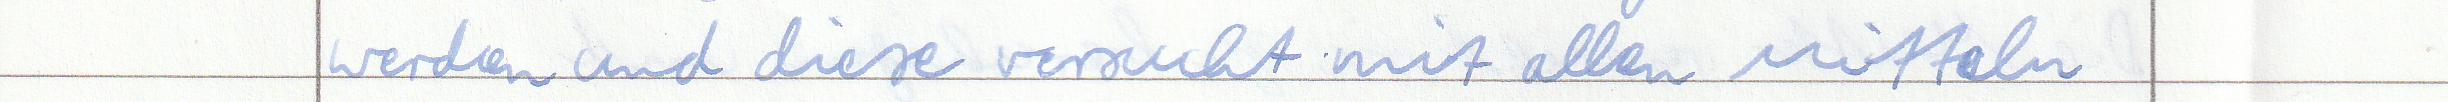
werden und diese versucht mit allen Mitteln